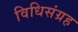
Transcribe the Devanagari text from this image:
विधिसंग्रह